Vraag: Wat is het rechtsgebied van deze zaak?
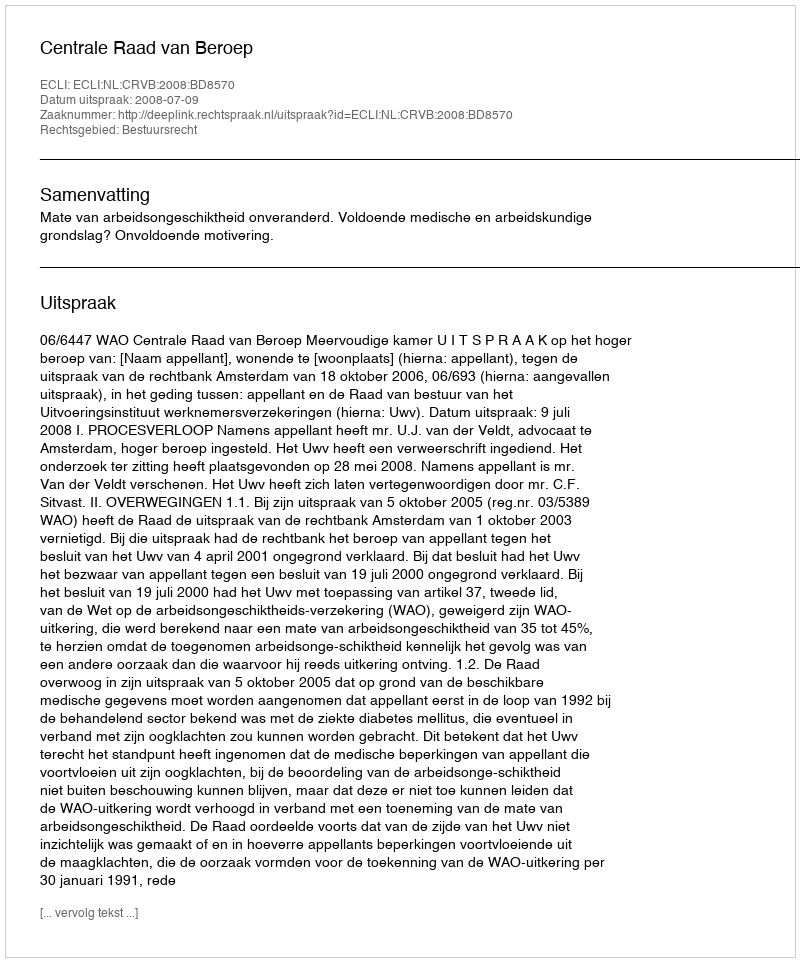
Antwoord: Bestuursrecht